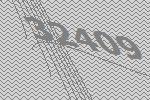
32409